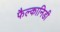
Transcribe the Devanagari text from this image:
फैल्कानिडी